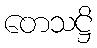
တေသဋ္ဌိ